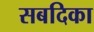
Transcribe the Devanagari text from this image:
सबदिका